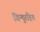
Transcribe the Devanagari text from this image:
बिन्दुरहित